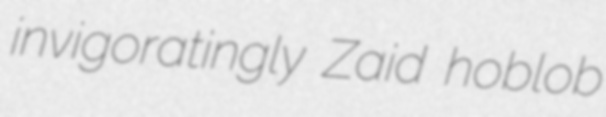
invigoratingly Zaid hoblob